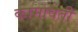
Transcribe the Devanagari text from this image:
कामावती